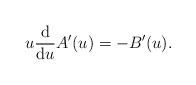
LaTeX: \begin{align*}u\frac{{\rm d}}{{\rm d}u}A^{\prime}(u)= -B^{\prime}(u).\end{align*}